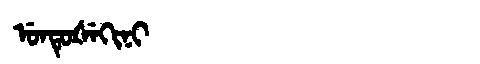
Manchu: ᡠᠨᡨᡠᡧᡝᡴᡳᠨᡳ
Romanization: UNTUŠEKINI